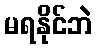
မရနိုင်ဘဲ